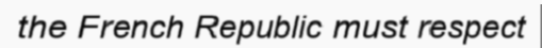
the French Republic must respect